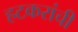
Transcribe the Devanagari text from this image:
हटकरांची